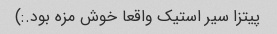
پیتزا سیر استیک واقعا خوش مزه بود.:)